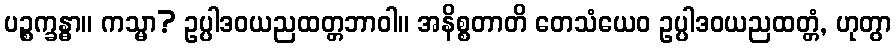
ပဉ္စက္ခန္ဓာ။ ကသ္မာ? ဥပ္ပါဒဝယညထတ္တဘာဝါ။ အနိစ္စတာတိ တေသံယေဝ ဥပ္ပါဒဝယညထတ္တံ, ဟုတွာ